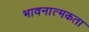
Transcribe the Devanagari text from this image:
भावनात्मकता